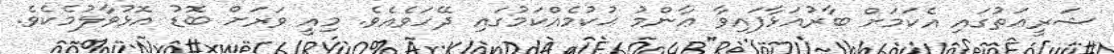
ޝަރީޢަތުގައި އެކަމަށް ބާރުއަޅާފައިވާ ޢާންމު ޙުކުމެއްކަމުގައި ދޭހަވެއެވެ. މިއީ ވަރަށް ބޮޑު އޮޅުވާލުމެކެވެ.